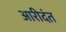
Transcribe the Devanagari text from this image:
आरीदंत